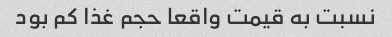
نسبت به قیمت واقعا حجم غذا کم بود